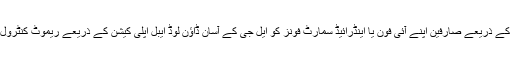
جبکہ ایل جی کے ریموٹ کے ذریعے صارفین اپنے آئی فون یا اینڈرائیڈ سمارٹ فونز کو ایل جی کے آسان ڈاؤن لوڈ ایبل اپلی کیشن کے ذریعے ریموٹ کنٹرول میں تبدیل کر سکتے ہیں ۔